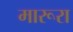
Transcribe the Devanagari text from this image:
मारूरा